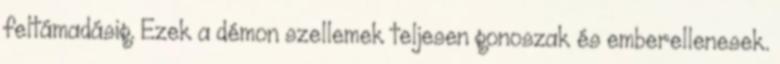
feltámadásig. Ezek a démon szellemek teljesen gonoszak és emberellenesek.